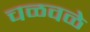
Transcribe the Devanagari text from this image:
चळवळे